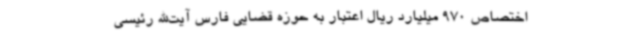
اختصاص 970 میلیارد ریال اعتبار به حوزه قضایی فارس آیت‌الله رئیسی